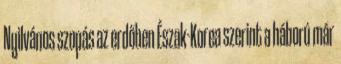
Nyilvános szopás az erdőben Észak-Korea szerint a háború már